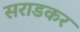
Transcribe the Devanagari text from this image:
सराडकर